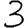
Digit: 3